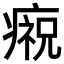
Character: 𤹙